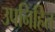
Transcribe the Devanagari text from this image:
उपनिहित